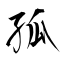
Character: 孤